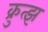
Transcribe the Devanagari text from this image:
क्रुत्झ